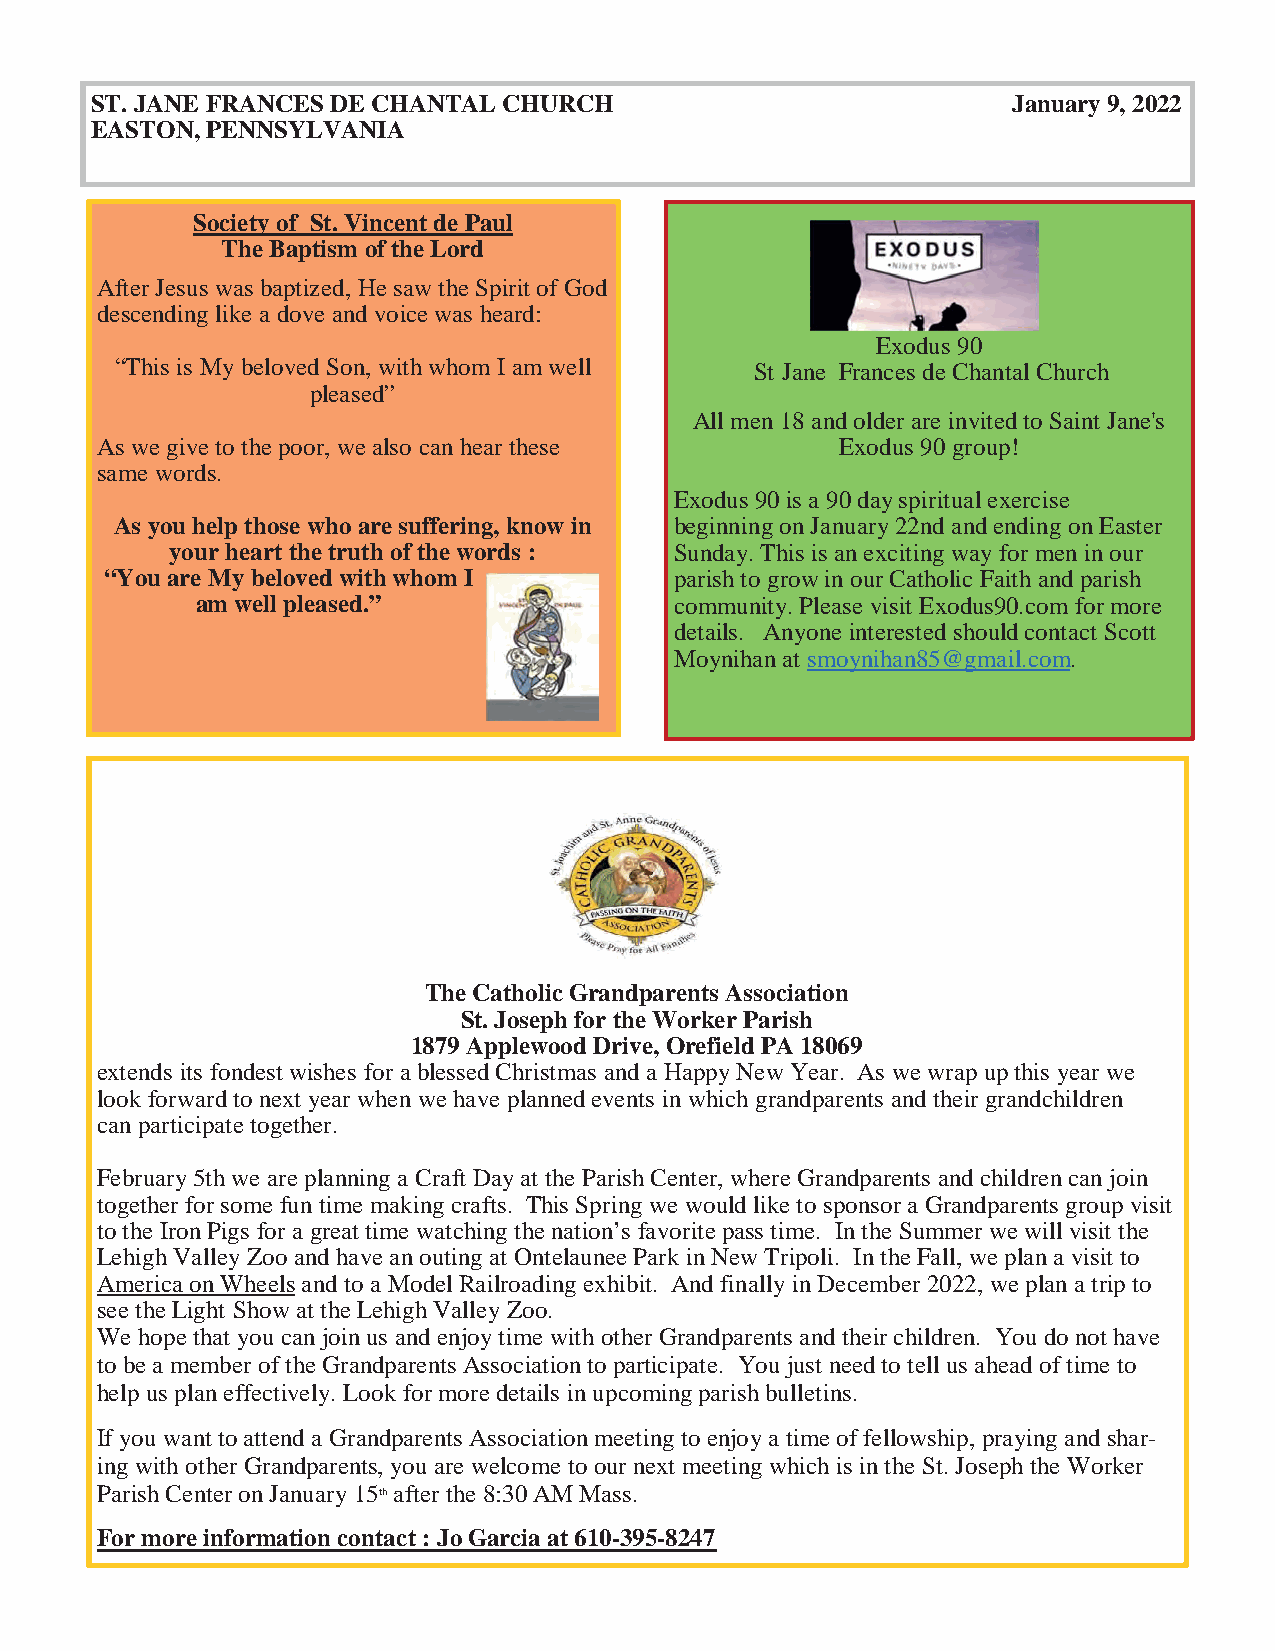
ST. JANE FRANCES DE CHANTAL CHURCH                           January 9, 2022
 EASTON, PENNSYLVANIA
 Society of St. Vincent de Paul
 The Baptism of the Lord
 After Jesus was baptized, He saw the Spirit of God
 descending like a dove and voice was heard:
 Exodus 90
 “This is My beloved Son, with whom I am well St Jane Frances de Chantal Church
 pleased”
 All men 18 and older are invited to Saint Jane's
 As we give to the poor, we also can hear these    Exodus 90 group!
 same words.
 Exodus 90 is a 90 day spiritual exercise
 As you help those who are suffering, know in beginning on January 22nd and ending on Easter
 your heart the truth of the words : Sunday. This is an exciting way for men in our
 “You are My beloved with whom I       parish to grow in our Catholic Faith and parish
 am well pleased.”               community. Please visit Exodus90.com for more
 details. Anyone interested should contact Scott
 Moynihan at smoynihan85@gmail.com.
 The Catholic Grandparents Association
 St. Joseph for the Worker Parish
 1879 Applewood Drive, Orefield PA 18069
 extends its fondest wishes for a blessed Christmas and a Happy New Year. As we wrap up this year we
 look forward to next year when we have planned events in which grandparents and their grandchildren
 can participate together.
 February 5th we are planning a Craft Day at the Parish Center, where Grandparents and children can join
 together for some fun time making crafts. This Spring we would like to sponsor a Grandparents group visit
 to the Iron Pigs for a great time watching the nation’s favorite pass time. In the Summer we will visit the
 Lehigh Valley Zoo and have an outing at Ontelaunee Park in New Tripoli. In the Fall, we plan a visit to
 America on Wheels and to a Model Railroading exhibit. And finally in December 2022, we plan a trip to
 see the Light Show at the Lehigh Valley Zoo.
 We hope that you can join us and enjoy time with other Grandparents and their children. You do not have
 to be a member of the Grandparents Association to participate. You just need to tell us ahead of time to
 help us plan effectively. Look for more details in upcoming parish bulletins.
 If you want to attend a Grandparents Association meeting to enjoy a time of fellowship, praying and shar-
 ing with other Grandparents, you are welcome to our next meeting which is in the St. Joseph the Worker
 Parish Center on January 15th after the 8:30 AM Mass.
 For more information contact : Jo Garcia at 610-395-8247